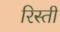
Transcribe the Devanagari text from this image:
रिस्ती